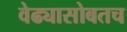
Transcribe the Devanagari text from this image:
वेढ्यासोबतच